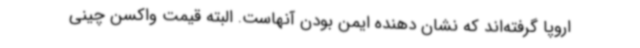
اروپا گرفته‌اند که نشان دهنده ایمن بودن آنهاست. البته قیمت واکسن چینی